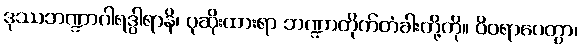
ဒုဿဘဏ္ဍာဂါရဒွါရာနိ၊ ပုဆိုးထားရာ ဘဏ္ဍာတိုက်တံခါးတို့ကို။ ဝိဝရာပေတွာ၊